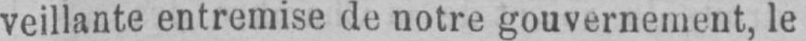
veillante entremise de notre gouvernement, le